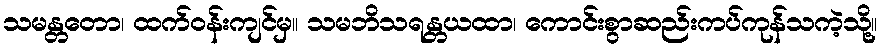
သမန္တတော၊ ထက်ဝန်းကျင်မှ။ သမဘိသရန္တယထာ၊ ကောင်းစွာဆည်းကပ်ကုန်သကဲ့သို့။